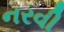
નરવી